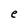
Character: e